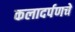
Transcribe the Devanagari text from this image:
कलादर्पणचे